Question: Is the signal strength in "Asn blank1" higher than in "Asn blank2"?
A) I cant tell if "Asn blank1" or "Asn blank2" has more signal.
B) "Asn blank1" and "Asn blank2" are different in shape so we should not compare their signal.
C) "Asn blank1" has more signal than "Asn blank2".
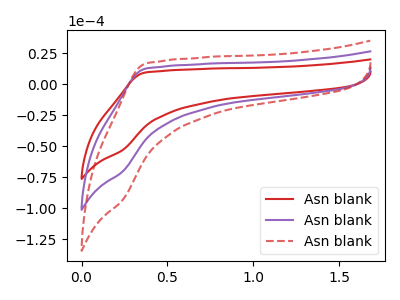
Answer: <think>The red curve "Asn blank1" has no peaks. The purple curve "Asn blank2" has no peaks. The red dashed curve "Asn blank3" has no peaks.
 Neither "Asn blank1" or "Asn blank2" have any peaks.</think>
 <answer>A) I cant tell if "Asn blank1" or "Asn blank2" has more signal.</answer>
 <eval>A</eval>